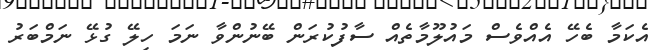
އެކަމާ ބެހޭ އެއްވެސް މައުލޫމާތެއް ސާފުކުރަން ބޭނުންވާ ނަމަ ހިލޭ ގުޅޭ ނަމްބަރު